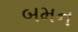
બમન